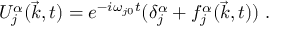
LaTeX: U _ { j } ^ { \alpha } ( \vec { k } , t ) = e ^ { - i \omega _ { j 0 } t } ( \delta _ { j } ^ { \alpha } + f _ { j } ^ { \alpha } ( \vec { k } , t ) ) \; .